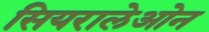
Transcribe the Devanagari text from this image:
सियरालेओन